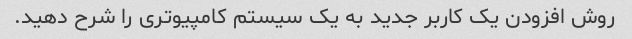
روش افزودن یک کاربر جدید به یک سیستم کامپیوتری را شرح دهید.